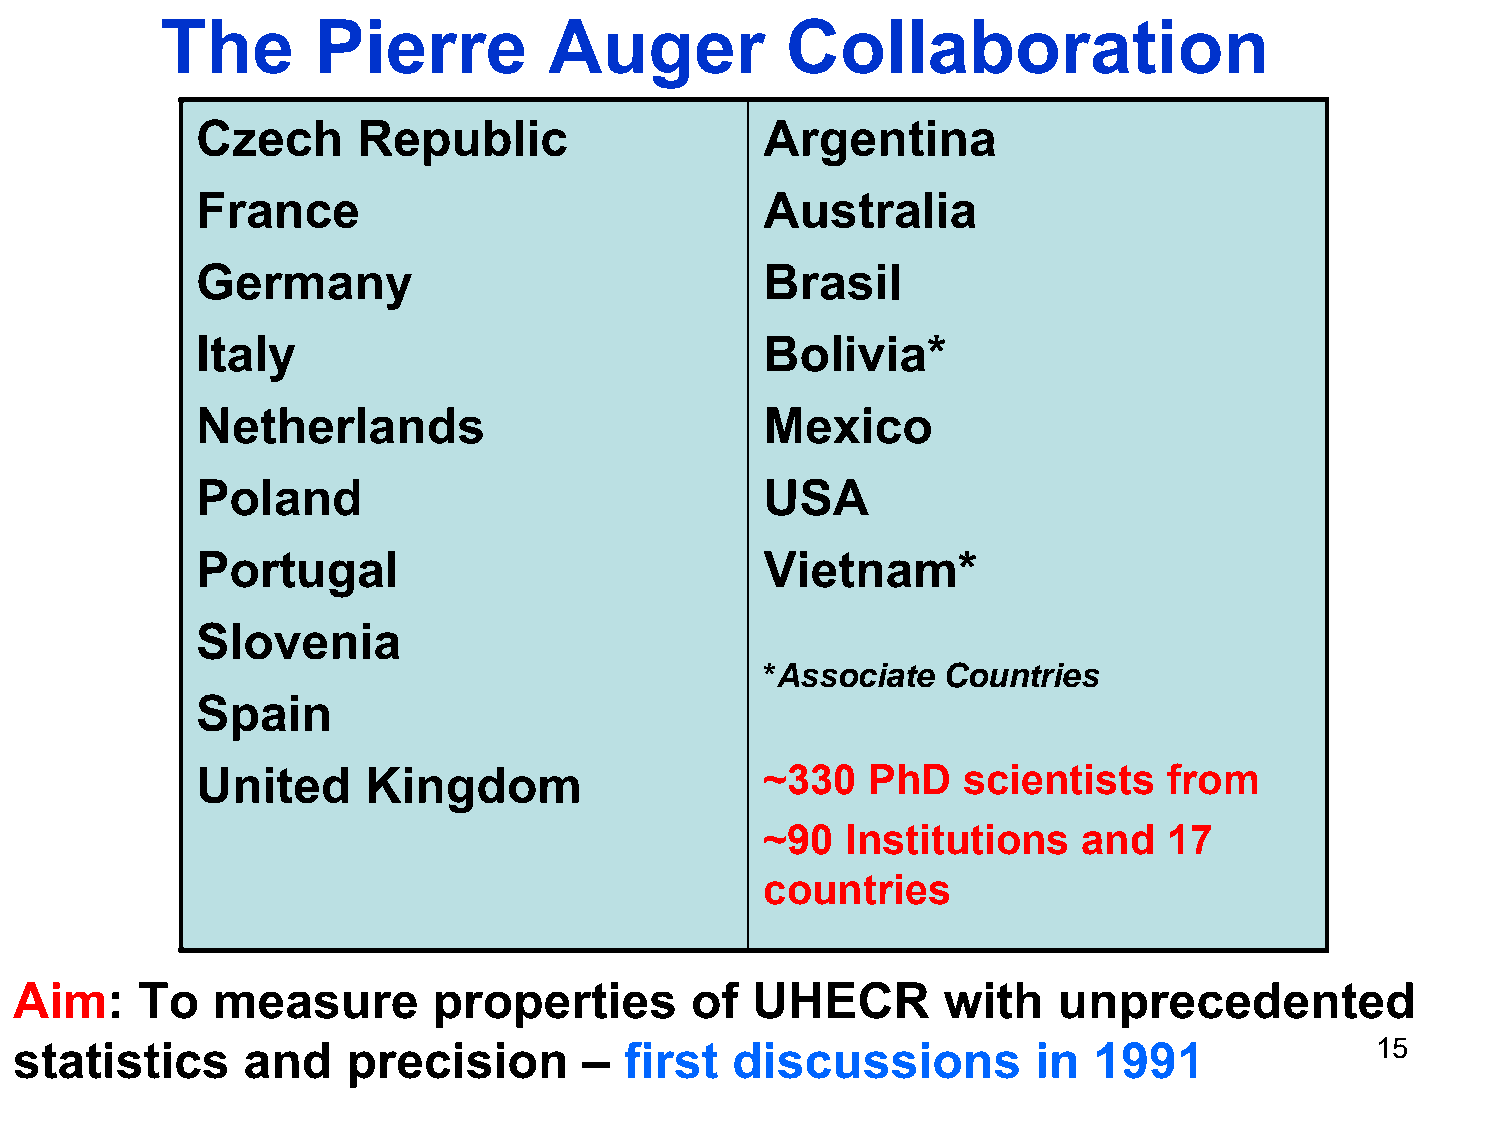
The       Pierre         Auger           Collaboration
 Czech      Republic                   Argentina
 France                                Australia
 Germany                               Brasil
 Italy                                 Bolivia*
 Netherlands                           Mexico
 Poland                                USA
 Portugal                              Vietnam*
 Slovenia
 *Associate  Countries
 Spain
 United     Kingdom                    ~330   PhD   scientists   from
 ~90  Institutions    and  17
 countries
 Aim:    To   measure        properties       of  UHECR        with   unprecedented
 statistics     and    precision       – first   discussions         in 1991               15